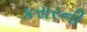
કરારની